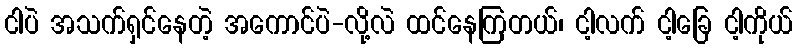
ငါပဲ အသက်ရှင်နေတဲ့ အကောင်ပဲ-လို့လဲ ထင်နေကြတယ်၊ ငါ့လက် ငါ့ခြေ ငါ့ကိုယ်